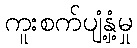
ကူးစက်ပျံ့နှံ့မှု